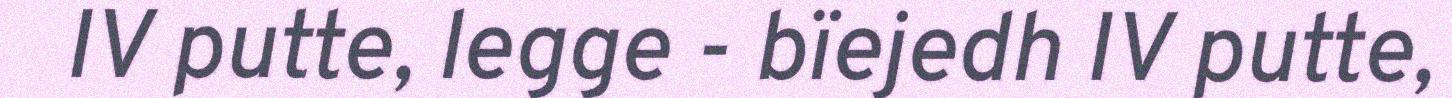
IV putte, legge - bïejedh IV putte,